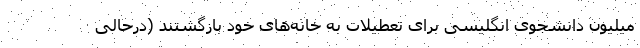
میلیون دانشجوی انگلیسی برای تعطیلات به خانه‌های خود بازگشتند (درحالی